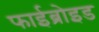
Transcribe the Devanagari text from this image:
फाईब्रोइड